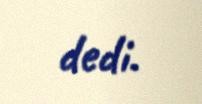
dedi.